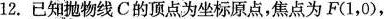
12.已知抛物线C的顶点为坐标原点，焦点为F(1，0)，